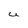
Character: U